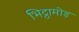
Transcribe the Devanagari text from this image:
भिट्ठामोड़